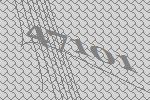
47101